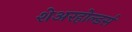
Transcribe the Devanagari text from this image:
शेअरहोल्डर्स